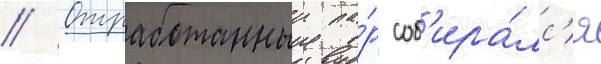
// Отработанныи па́р соб'ира́лс'я